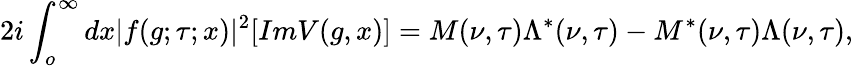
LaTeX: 2i\int_{o}^{\infty}dx|f(g;\tau;x)|^{2}[ImV(g,x)]=M(\nu,\tau)\Lambda^{*}(\nu,\tau)-M^{*}(\nu,\tau)\Lambda(\nu,\tau),